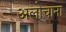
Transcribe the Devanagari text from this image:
अलोचाना